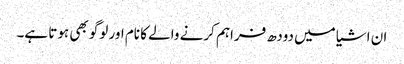
ان اشیا میں دودھ فراہم کرنے والے کا نام اور لوگو بھی ہوتا ہے۔